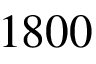
1 8 0 0